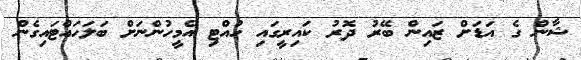
ޝާން ގެ އަޑަށް ޒައިން ބޭރު ދޮރު ކައިރީގައި ހުއްޓި އެމީހުންނަށް ބަލަހައްޓައިގެން